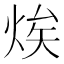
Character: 㶼